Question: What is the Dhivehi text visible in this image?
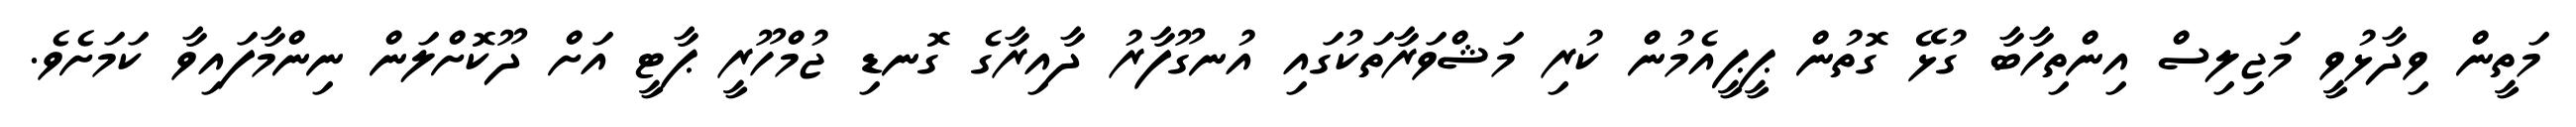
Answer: މަތީން ވިދާޅުވީ މަޖިލިސް އިންތިހާބާ ގުޅޭ ގޮތުން ޕީޕީއެމުން ކުރި މަޝްވަރާތަކުގައި އުނގޫފާރު ދާއިރާގެ ގޮނޑި ޖުމްހޫރީ ޕާޓީ އަށް ދޫކޮށްލަން ނިންމާފައިވާ ކަމަށެވެ.